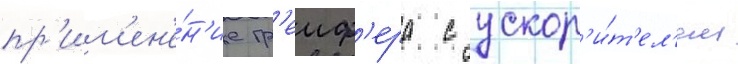
пр'им'ен'е́н'ие гр'еиф'ера с ускор'и́т'ел'ем